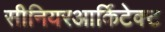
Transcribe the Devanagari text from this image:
सीनियरआर्किटेक्ट